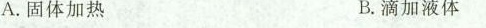
A.固体加热 B.滴加液体